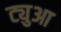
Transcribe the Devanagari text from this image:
ट्युआ